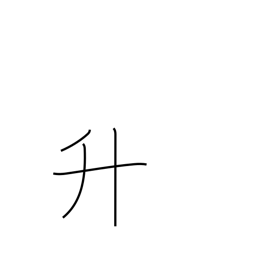
Meaning: measuring box